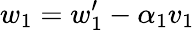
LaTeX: w_{1}=w_{1}^{\prime}-\alpha_{1}v_{1}